Vaccination in Bombay 1913-1923 - 1913-1923
Year: 1913
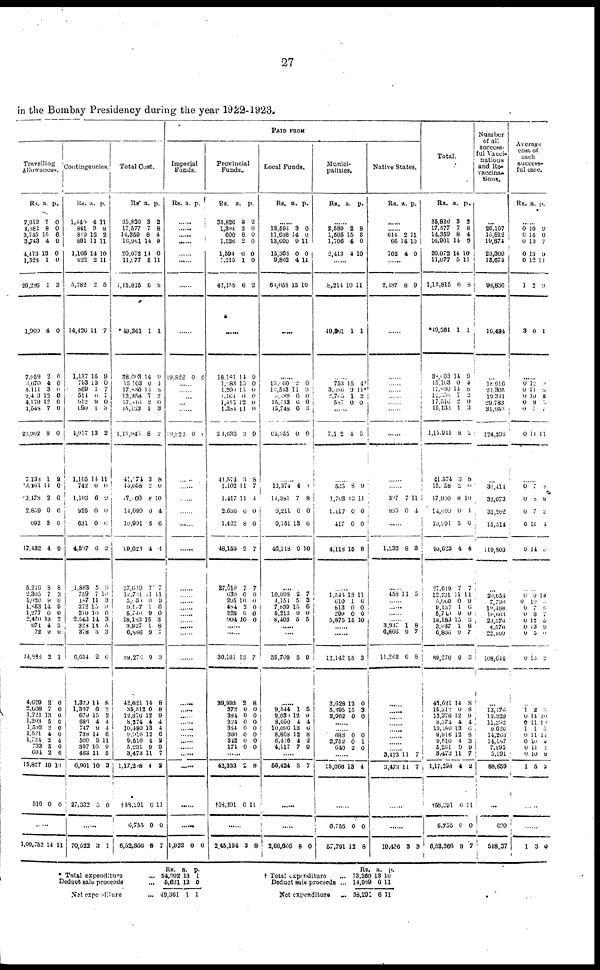
27
in the Bombay Presidency during the year 1922-1923.
PAID FROM
Travelling
Allowances.
Rs.
7,012
4,882
3,745
3,743
4,473
1,323
26,286
1,900
7,959
3,670
4,111
2,403
4,179
1,548
23,902
7,133
3,164
3,478
2,859
602
17,432
5,216
2,305
1,020 1,853
1,277
2,470
371
73
14388
4,629
2,008
1,721
1,203
1,592
1,521
1,724
733
694
15,827
516
a.
7
8
15
4
13
1
1
4
2
4
3
12
12
7
8
1
14
2
0
8
4
8
7
9 14
0
13
4
9
2
2
7
13
5
2 4
2 5
2
10
0
p.
0
0
6
0
0
0
3
0
0
0
0
0
0
0
0
0
0
0
0
0
0
8
3
0
9
0
2
3
0
1
0
0
0
0
0
0
4
0
0
10
0
......
1,00,752 14 11
Contingencies.
Rs.
1,440
841
819
891
1,166
622
5,782
14,426
1,137
793
869
514
912
690
4,917
1,105
742
1,103
925
631
4,507
1,863
759
187
372
219
2,543
328
378
6,654
1,379
1,307
679
686
747
738
500
397
463
6,901
27,332
a.
4
3
12
11
14
3
2
11
15
13
1
0
9
1
13
14
0
6
0
0
0
5
7
11
15
10
14
14
3
2
14
6
15
4
9
14
3 10
11
10
5
p.
11
8
2
11
10
11
5
7
9
0
7
7
0
3
2
11
0
9
0
6
2
9
10
3
9
0
3
5 3
6
8
2 2
4
4
6
11
9
5
3
0
......
70,522
3 1
Total Cost.
Rs.
35,826
17,577
14,359
16,901
20,072
11,077
1,15,815
49,361
38,003
15,103
17,830
12,358
17,015
15,133
1,15,945
41,174
15,058
17,000
14,099
10,991
99,623
27,619
12,731
5,060
9,107
5,740
18,183
3,937
6,866
89,270
42,621
35,312
12,376
8,374
10,480
9,916
9,510
5,231
3,473
1,17,298
†58,201
6,755
6,52,366
a.
3
7
8
14
14
5
6
1
14
0
14
7
2
1
8
3
2
8
0
5
4
7
11
0
1
9
15
1
0
9
14
0
12
4
13
12
4
9
11
4
6
0
8
p.
2
8
4
0
0
11
8
1
9
4
8
2
0
3
2
8
0
10
4
6
4
7
11
9
6
0
3
8
7
3
8
8
9
4
4
6
3
0
7
2
11
0
7
Imperial
Funds.
Rs. a. p.
......
......
......
......
......
......
......
......
10,822 0 0
......
......
......
......
......
19,822 0 8
......
......
......
......
......
......
......
......
......
......
......
...... ......
......
......
......
......
......
...... ......
......
......
......
......
......
1,022 0 0
Provincial
Funds.
Rs.
35,826
1,394
600
1,528
1,594
1,215
42,158
a.
2
2
8
2
6
1
6
p.
2
0
0
0
0
0
2
......
18,181
1,183
1,200
1,104
1,413
1,384
24,6360
41,574
1,102
1,417
2,636
1,422
48,153
27,619
630
295
484
228
904
14
15
13
0
12
11
3
3
11
11
0
8
2
7
0
10
3
0
10
9
0
0
0
0
0
9
8
7
4
0
0
7
7
0
0
0
0
0
......
......
30,161
39,993
372
384
324
384
360
342
174
13
2
0
0
0
0
0
0
0
7
8
0
0
0
0
0
0
0
......
42,333
†58,201
2
0
8
11
......
2,45,134 3 8
Local Funds.
Rs. a. P.
......
13,594
11,638
13,600
15,363
9,862
61,058
3
14
9
0
4
15
0
0
11
0
11
10
.....
......
13,060
13,543
8,489
15,513
45,748
64,355
2
11
6
6
6
0
0
9 0
0
3
0
......
13,374
14,381
9,211
9,151
46,118
4
7
0
13
9
8
8
0
6
10
......
10,098
4,151
7,839
5,213
8,403
2
5
15
0
5
7
3
6
0
5
......
......
35,709 5 9
......
9,544
9,030
8,050
10,096
8,868
6,416
4,117
1
12
4
13
12
4
7
5
9 4
6
8
2
0
......
56,424 8 7
......
......
2,06,666 8 0
Munici-
palities.
Rs. a. p.
......
2,589
1,505
1,706
2,413
2
15
4
4
8 5
0
10
......
8,214
49,86l
10
1
11
1
......
753
3,086
2,705
587
15
3
1
0
4
11
2
0
......
7,102 4 5
......
534
1,703
1,117
417
4,118
8
13
0
0
15
9
11
0
0
8
......
1,544
610
813
299
5,875
13
1
0
0
15
11
6
0
0
10
......
......
12,142
2,628
5,395
2,962
15
12
15
0
3
0
3
0
......
...... 688
2,752
640
0
0
2
0
1
0
......
15,066 13 4
......
6,755
57,791
0
12
0
8
Native States.
Rs. a. p.
......
...... 614
66
702
2
14
4
11
10
0
......
2,187 8 9
......
......
......
......
......
......
......
......
397
835
7
0
11
4
......
1,232 8 3
......
458 11 5
......
...... ......
3,937
6,866
11,262
1
0
0
8
7
8
......
......
......
......
......
......
......
...... 3,473
3,473
11
11
7
7
......
......
10,456 3 3
Total.
Rs.
35,826
17,577
14,359
16,001
20,072
11,077
1,15,815
*49,361
38,003
15,103
17,830
12,356
17,546
15,133
1,15,915
41,574
15,058
17,990
14,099
10,591
99,623
27,619
12,731
5,060
9,137
5,749
18,183
3,937
6,866
89,276
42,621
15,312
12,376
8,374
10, 180
9,916
9,510
5,231
3,473
1,17,298
†58,291
6,755
6,52,366
a.
3
7
8
14
14
5
6
1
14
0
14
7
2 1
8
3
2
8
0
5
4
7
11
0
1
9
15
1
9
9
14
0
12
4
13
12
4
9
11
4
6
0
8
p.
2
8
4
0
10
11
8
1
9
4
8
2
0 3
2
8
0
10
1
6
4
7
11
9
6
0
3
8
7
3
8
8
9 4
06
8 3
9
7
2
11
0
7
Number
of all
success¬
ful Vacci¬
nations
and Re¬
vaccina¬
------
...
26,107
16,812
19,874
23,369
13,674
98,836
16,434
...
18,916
21,305
19,341
29,783
31,953
124,208
......
31,414
32,673
31,262
15,514
110,803
...
20,654
7,790
10,466
10,663
23,376
4,576
22,109
108,644
......
13,176
13,329
11,292
9,626
14,263
14,187
7,295
5,191
88,659
...
699
548,37
Average
cost of
each
success¬
ful case.
Rs. a. p.
......
0
0
0
0
0
1
3
10
14
13
13
12
2
0
9
6
7
9
11
9
1
......
0
0
0
0
0
0
12
11
10
9
7
11
0
9
5 5
7
11
......
0
0
0
0
0
7
8
7
11
14
8
9
2
4
0
......
0
0
0
0
0
0
0
0
9
10
7 8
12
13
5
13
10
0 6
7
5
9
0
2
......
1
0
0
1
0
0
0
0
1
2
14
11 1
11
10 11
10
5
3
10
10
5
11
0
1
8
2
......
......
1 3 0
* Total expenditure ...
Deduct sale proceeds ...
Net expenditure ...
Rs
54,992
6,831
49,361
a. 13
12
1
p. 1
0
1
† Total expenditure ...
Deduct sale proceeds ...
Net expenditure
Rs.
73,260
14,969
53,201
a
13
6
6
p.
10
11
11